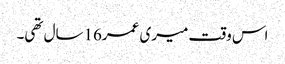
اس وقت میری عمر16سال تھی۔